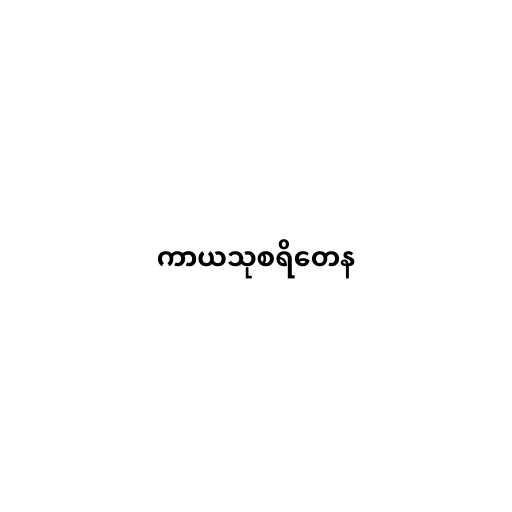
ကာယသုစရိတေန